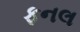
ફનલ